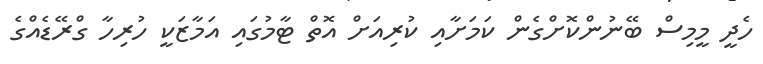
ހެދީ މީމިސް ބޭނުންކޮށްގެން ކަމަށާއި ކުރިއަށް އޮތް ޓާމުގައި އަމާޒަކީ ހުރިހާ ގްރޭޑެއްގެ